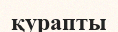
қурапты